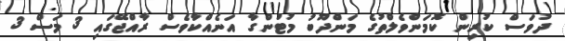
ދުވަސް ކުރިން ކޮމަންވެލްތުގެ މަންދޫބު މުޓުންގާ އަނެއްކާވެސް ރާއްޖޭގައި 3 މަސް 3